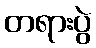
တရားပွဲ